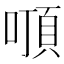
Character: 𠽒